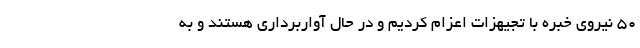
۵۰ نیروی خبره با تجیهزات اعزام کردیم و در حال آواربرداری هستند و به